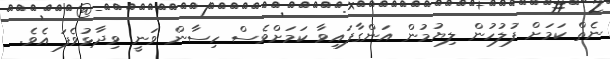
ނެތް ކަމަށް ފުލުހުން ލިޔުމުން އަންގާފައިވާ ކަމަށްވެސް ހިސާން ވަނީ ވިދާޅުވެފަ އެވެ.